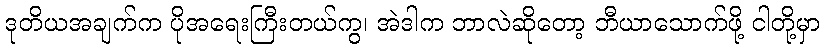
ဒုတိယအချက်က ပိုအရေးကြီးတယ်ကွ၊ အဲဒါက ဘာလဲဆိုတော့ ဘီယာသောက်ဖို့ ငါတို့မှာ